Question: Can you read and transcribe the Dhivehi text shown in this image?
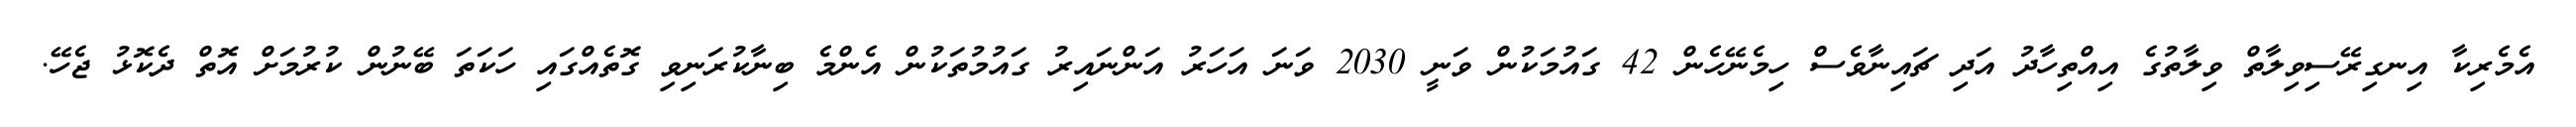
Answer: އެމެރިކާ އިނގިރޭސިވިލާތް ވިލާތުގެ އިއްތިހާދު އަދި ޗައިނާވެސް ހިމެނޭހެން 42 ގައުމަކުން ވަނީ 2030 ވަނަ އަހަރު އަންނައިރު ގައުމުތަކުން އެންމެ ބިނާކުރަނިވި ގޮތެއްގައި ހަކަތަ ބޭނުން ކުރުމަށް އޮތް ދެކޮޅު ޖެހޭ.